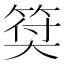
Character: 𥮯